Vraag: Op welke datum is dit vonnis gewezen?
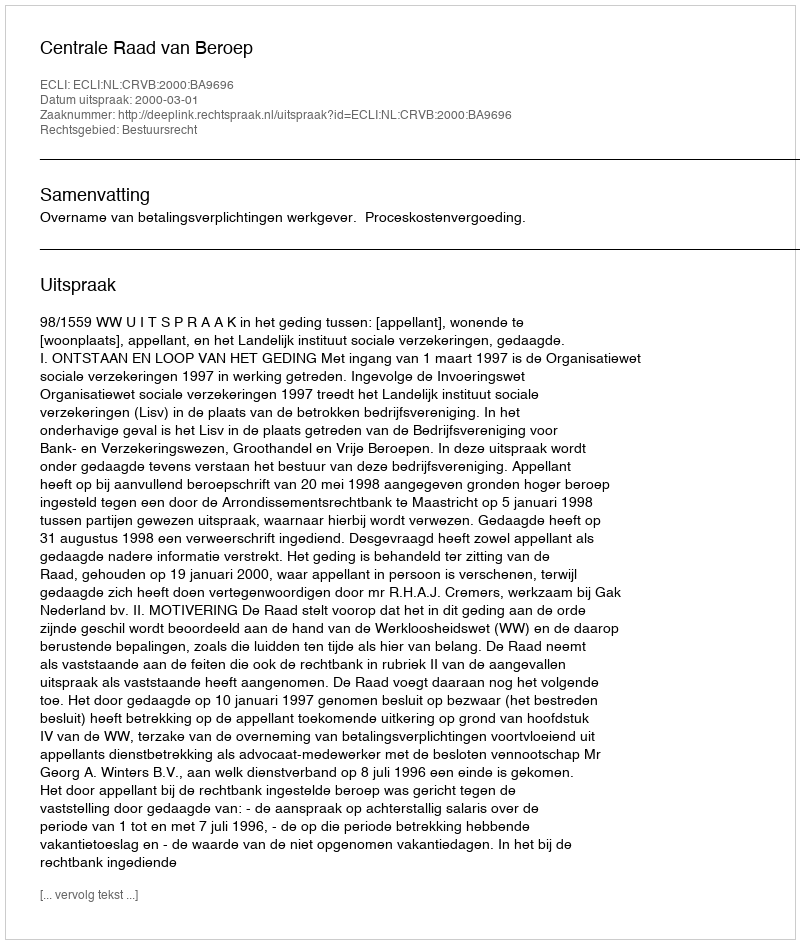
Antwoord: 2000-03-01